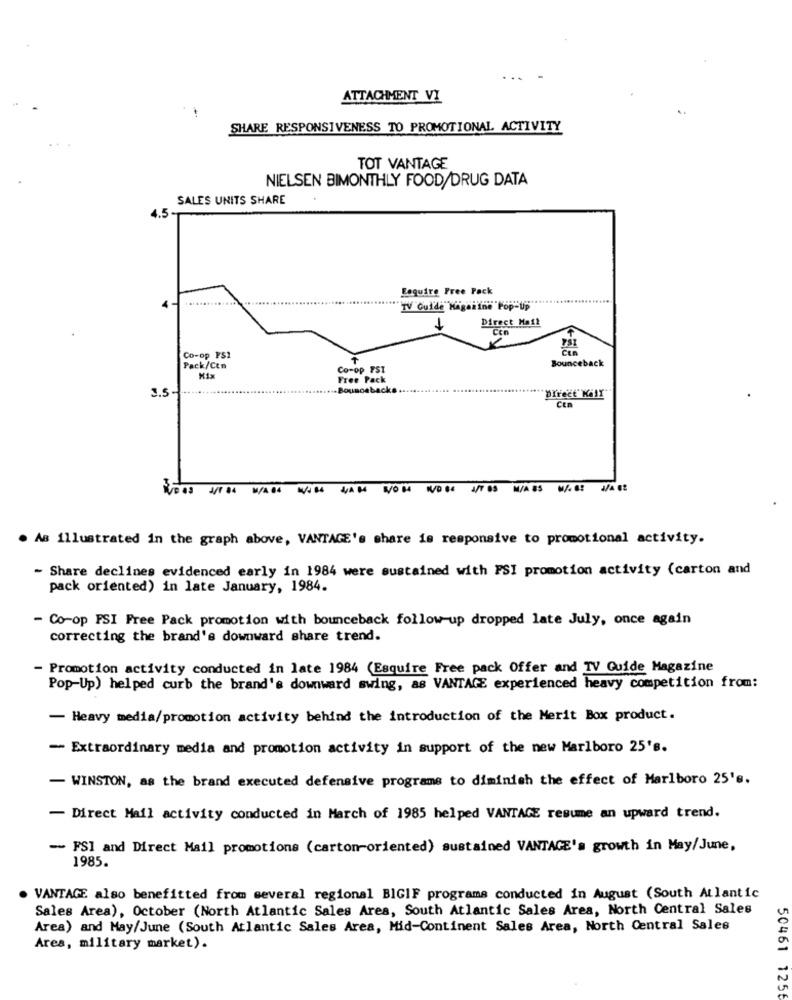
...
ATTACHMENT VI
SHARE RESPONSIVENESS TO PROMOTIONAL ACTIVITY
TOT VANTAGE
NIELSEN BIMONTHLY FOOD/DRUG DATA
SALES UNITS SHARE
Enquire Free Pack
.............
TV Guide Magazine Pop-Up
Direct Mail
1
Co-op FSI
Bounceback
Pack/Ctn
Co-op FST
Mix
Free Pack
3.5
-Bounceback
Direct Kall
M/A 85
. As illustrated in the graph above, VANTAGE's share is responsive to promotional activity.
- Share declines evidenced early in 1984 were sustained with FSI promotion activity (carton and
pack oriented) in late January, 1984.
- Co-op PSI Free Pack promotion with bounceback follow-up dropped late July, once again
correcting the brand's downward share trend.
- Promotion activity conducted in late 1984 (Esquire Free pack Offer and TV Guide Magazine
Pop-Up) helped curb the brand's downward swing, as VANTAGE experienced heavy competition from:
- Heavy media/promotion activity behind the introduction of the Merit Box product.
-- Extraordinary media and promotion activity in support of the new Marlboro 25's.
- WINSTON, as the brand executed defensive programs to diminish the effect of Marlboro 25's.
- Direct Mail activity conducted in March of 1985 helped VANTAGE resume an upward trend.
- FSI and Direct Mail promotions (carton-oriented) sustained VANTAGE's growth in May/June,
1985.
VANTAGE also benefitted from several regional BIGIF programs conducted in August (South Atlantic
Sales Area), October (North Atlantic Sales Ares, South Atlantic Sales Area, North Central Sales
Area) and May/June (South Atlantic Sales Area, Mid-Continent Sales Area, North Central Sales
Ares, military market).
50461 125